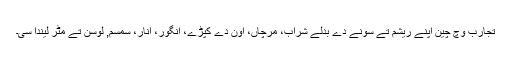
تجارب وچ چین اپنے ریشم تے سونے دے بدلے شراب، مرچاں، اون دے کپڑے، انگور، انار، سمسم, لوسن تے مٹر لیندا سی۔